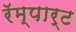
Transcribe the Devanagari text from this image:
रॅम्पार्ट